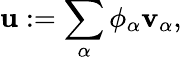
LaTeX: \begin{array}{r}{\mathbf{u}:=\displaystyle\sum_{\alpha}\phi_{\alpha}\mathbf{v}_{\alpha},}\end{array}